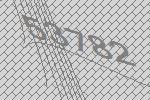
53782